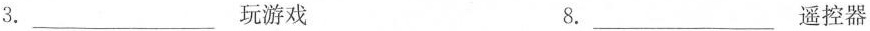
3.___玩游戏 8.___遥控器